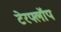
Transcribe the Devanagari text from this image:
टेरफ्लॉप